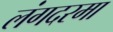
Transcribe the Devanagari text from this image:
लंगदरमा